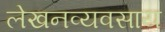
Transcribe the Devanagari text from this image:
लेखनव्यवसाय